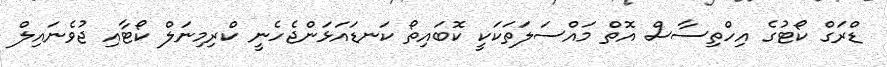
ޑްރަގް ކޯޓުގެ އިހްތިސާސް އޮތް މައްސަލަތަކަކީ ކޮބައިތޯ ކަނޑައަޅަންޖެހެނީ ކްރިމިނަލް ކޯޓާއި ޖުވެނައިލް